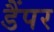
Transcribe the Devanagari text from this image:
डैंपर